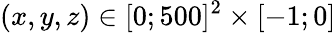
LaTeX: (x,y,z)\in[0;500]^{2}\times[-1;0]